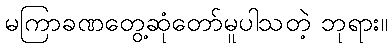
မကြာခဏတွေ့ဆုံတော်မူပါသတဲ့ ဘုရား။